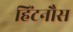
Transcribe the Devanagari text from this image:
हिंटनौस